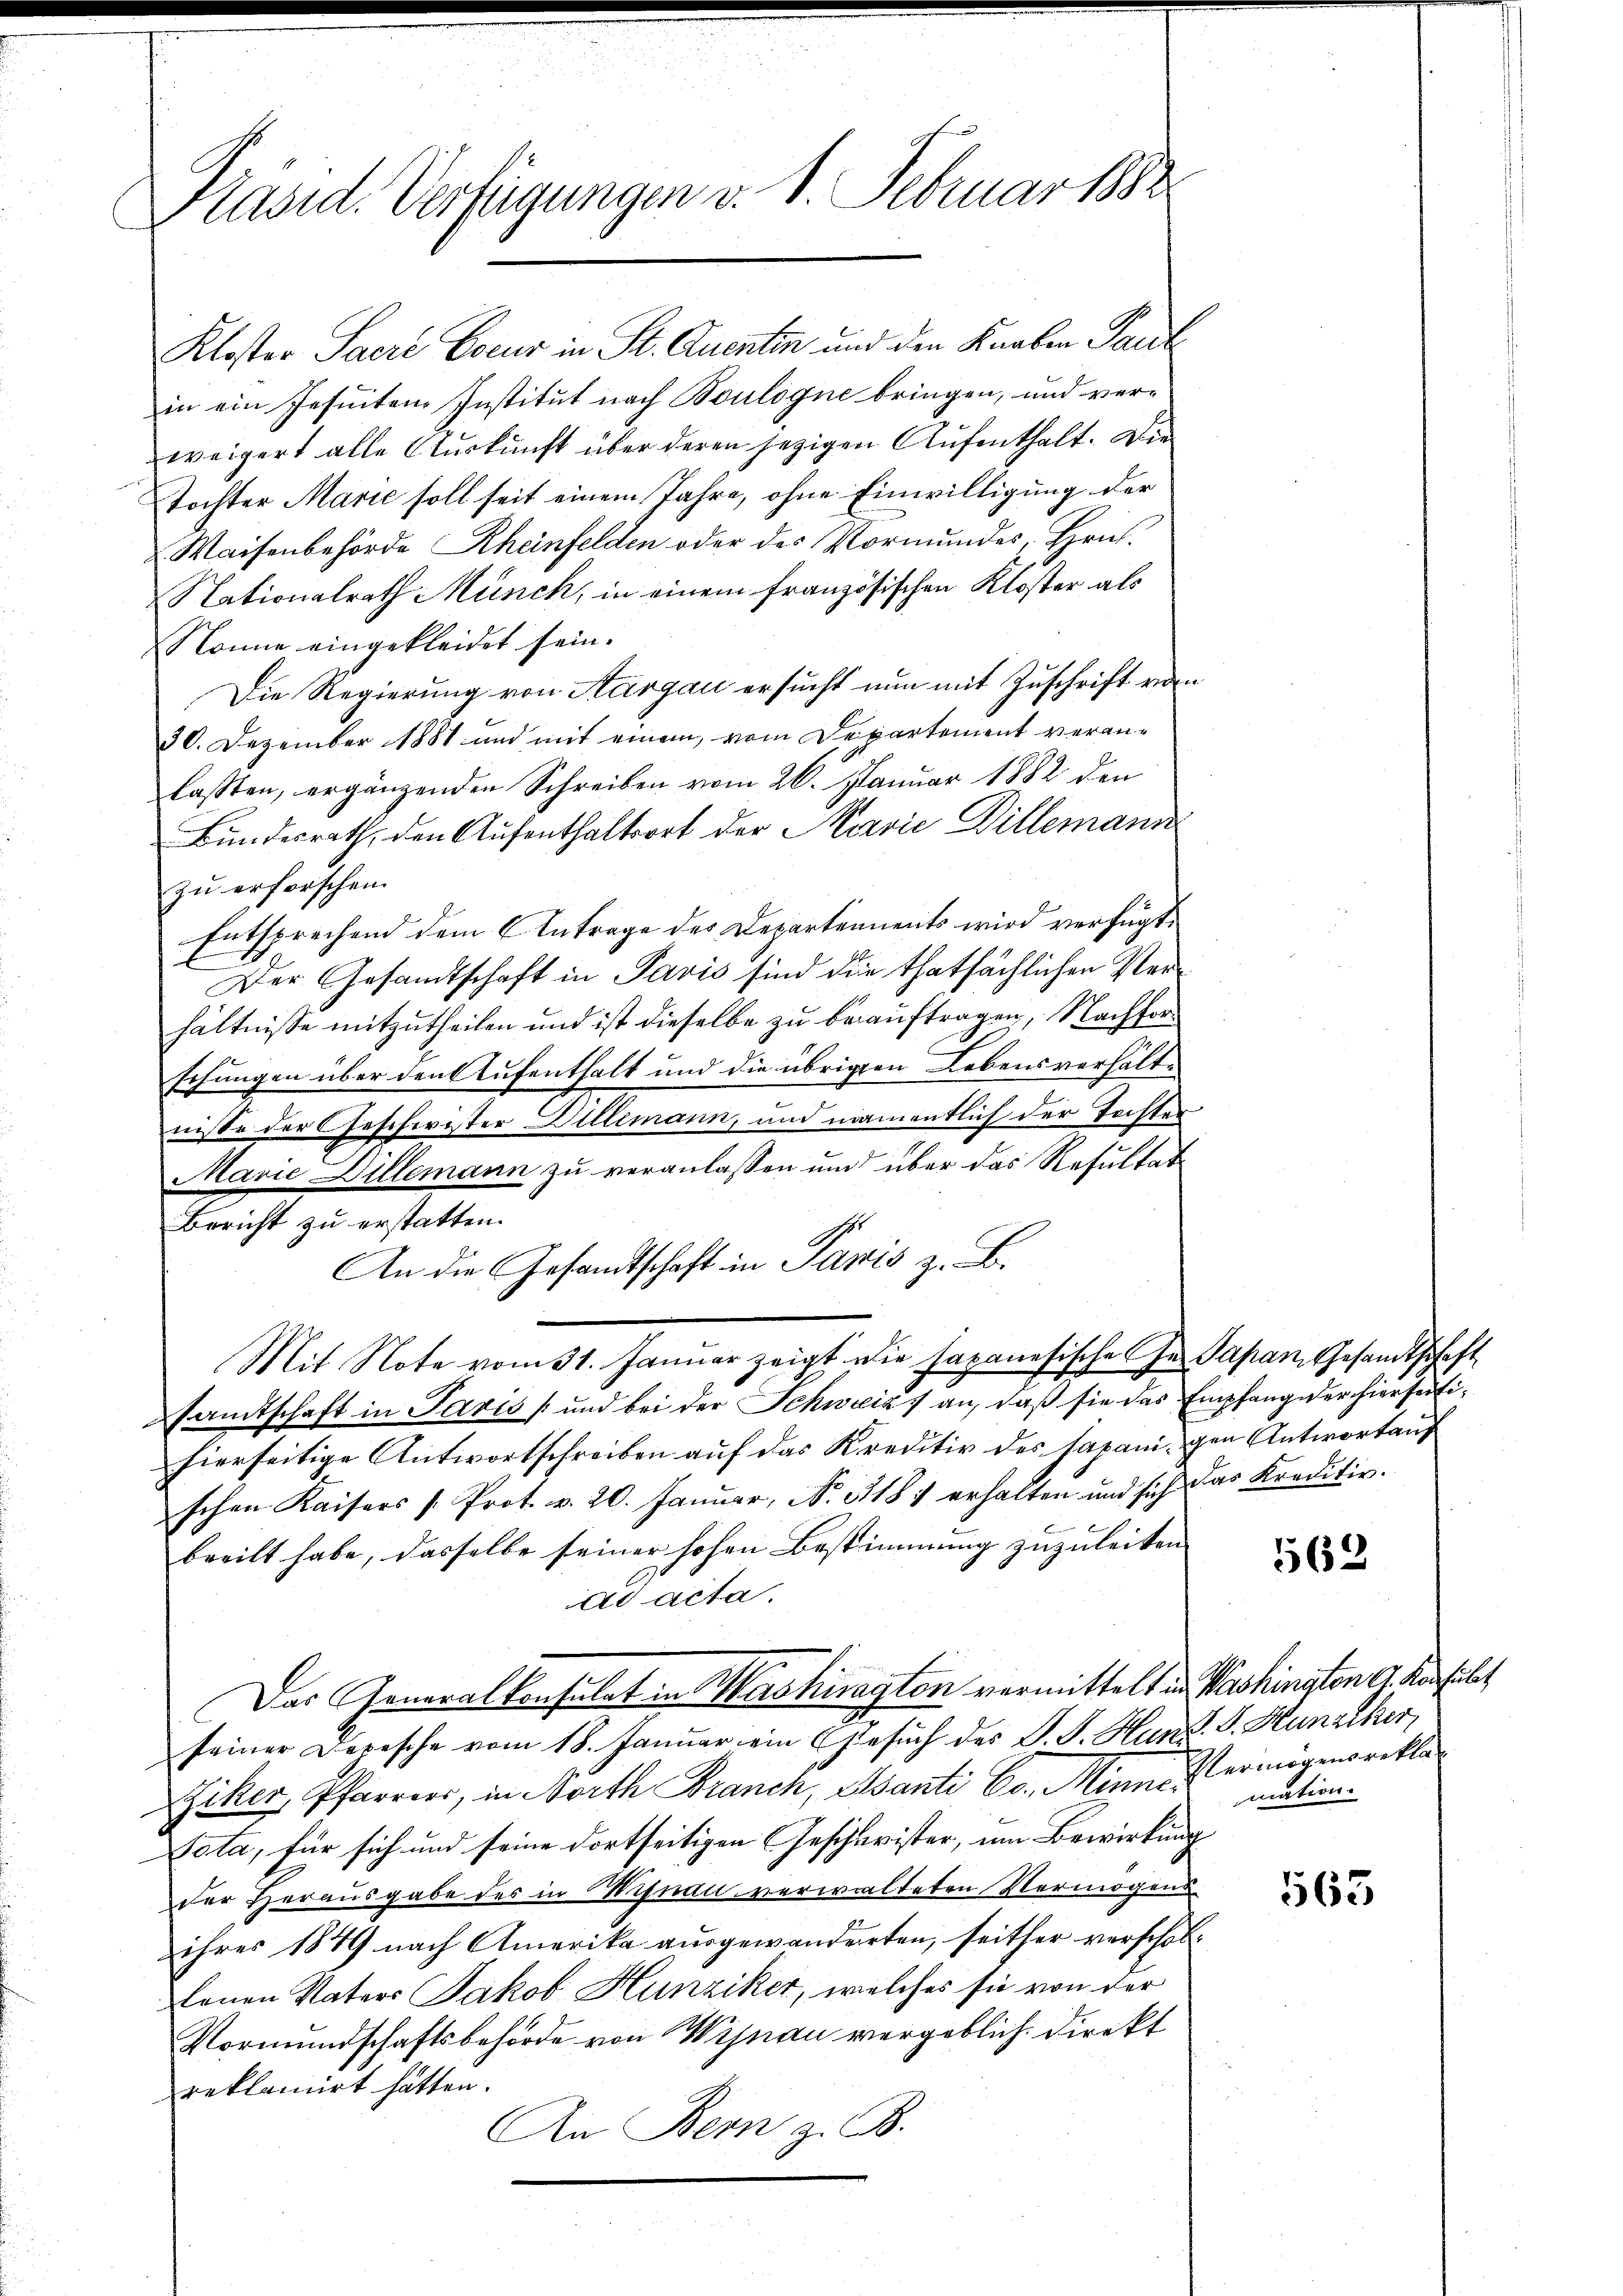
Präsid. Verfügungen v. J. Februar 188

Kloster Sacre Coeur in St. Quenten und den Knaben Paul
in ein Jesuiten Institut nach Boulogne bringen, und verweigert alle Auskunft über deren jezigen Aufenthalt. Die
Tochter Marie soll seit einem Jahre, ohne Einwilligung der
Waisenbehörde Rheinfelden oder des Vormundes, Hrn.
Nationalrath Münch, in einem französischen Kloster als
Nonne eingekleidet sein.
Die Regierung von Aargau ersucht nun mit Zuschrift von
30. Dezember 1881 und mit einem, vom Departement veranlassten, ergänzenden Schreiben vom 26. Januar 1882 den
Bundesrath, den Aufenthaltort der Marie Dillemann
zu erforschen.
Entsprechend dem Antrage des Departements wird verfügt:
Der Gesandtschaft in Paris sind die thatsächlichen Verhältnisse mitzutheilen und ist dieselbe zu beauftragen, Nachfor¬
Echungen über den Aufenthalt und die übrigen Lebensverhältnisse der Geschwister Dillemann, und namentlich der Tochter
Marie Dillemann zu veranlassen und über das Resultat
Bericht zu erstatten.
An die Gesandtschaft in Paris z. B.
Mit Note vom 31. Januar zeigt die Japanesische Ges Papan Gesandtschaft
sandtschaft in Paris und bei der Schweiz) an, daß sie das Empfang der hierseitihierseitige Antwortschreiben auf das Kreditiv des Japanigen Antwortaus
schen Kaisers /: Prot. v. 20. Januar, No. 318) erhalten und sich das Kreditiv.
breilt habe, dasselbe seiner hohen Bestimmung zuzuleiten
ad acta.
Das Generalkonsulat in Marshiragten vermittelt in Washington G. Konsult
seiner Depesche vom 18. Januar ein Gesuch des S. S. Hund. J. Hunziker,
Ziker, Pfarrers, in orth Branch, Santi Co. Minne ermögensrekla
Tata, für sich und seine dortseitigen Geschleister, um Bewirkung
der Herausgabe des in Winau verwalteten Vermögens
ihres 1849 nach Amerika ausgewanderten, seither verschol¬
Ernen Vaters Jakob Hunziker, welches sie von der
Vormundschaftsbehörde von Weinau vergeblich Direkt
reklamirt hätten.
An Bern z. B.

562

mation.

1563.